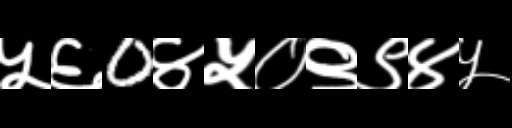
Text: ५६0४५०९९४५